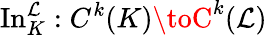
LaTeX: \operatorname{In}_{K}^{\mathcal{L}}:C^{k}(K)\toC^{k}(\mathcal{L})